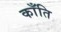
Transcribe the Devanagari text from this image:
काँति